Annual administration report of the Civil Veterinary Department of India - 1893-1894
Year: 1893
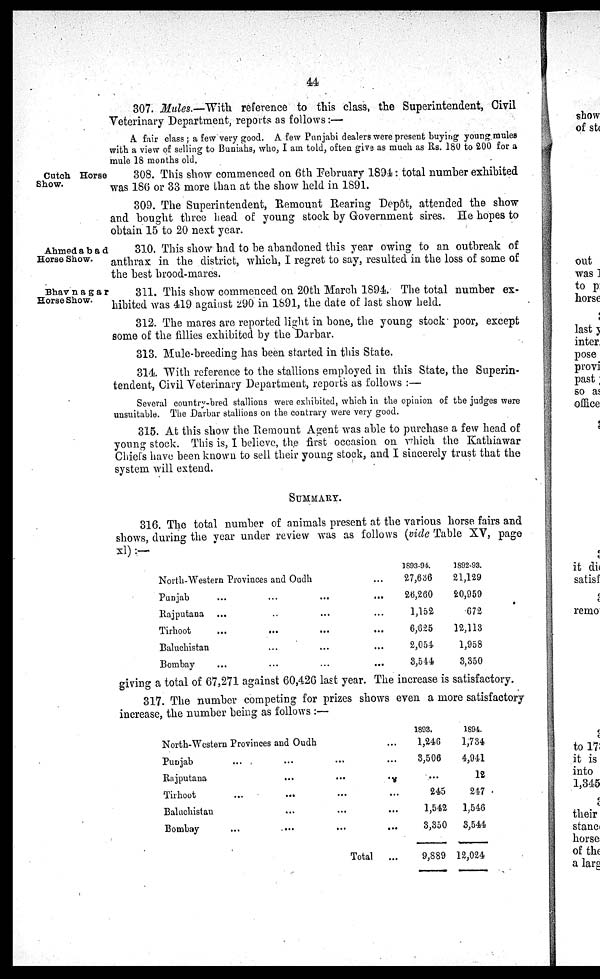
44
307. Mules.—With reference to this class, the Superintendent, Civil
Veterinary Department, reports as follows:—
A fair class; a few very good. A few Punjabi dealers were present buying young mules
with a view of selling to Buniahs, who, I am told, often give as much as Rs. 180 to 200 for a
mule 18 months old.
Cutch, Horse
Show.
308. This show commenced on 6th February 1894: total number exhibited
was 186 or 33 more than at the show held in 1891.
309. The Superintendent, Remount Rearing Depôt, attended the show
and bought three head of young stock by Government sires. He hopes to
obtain 15 to 20 next year.
Ahmedabad
Horse Show.
310. This show had to be abandoned this year owing to an outbreak of
anthrax in the district, which, I regret to say, resulted in the loss of some of
the best brood-mares.
Bhavnagar
Horse Show.
311. This show commenced on 20th March 1894. The total number ex-
hibited was 419 against 290 in 1891, the date of last show held.
312. The mares are reported light in bone, the young stock poor, except
some of the fillies exhibited by the Darbar.
313. Mule-breeding has been started in this State.
314. With reference to the stallions employed in this State, the Superin-
tendent, Civil Veterinary Department, reports as follows:—
Several country-bred stallions were exhibited, which in the opinion of the judges were
unsuitable. The Darbar stallions on the contrary were very good.
315. At this show the Remount Agent was able to purchase a few head of
young stock. This is, I believe, the first occasion on which the Kathiawar
Chiefs have been known to sell their young stock, and I sincerely trust that the
system will extend.
SUMMARY.
316. The total number of animals present at the various horse fairs and
shows, during the year under review was as follows (vide Table XV, page
xl):-
North-Western Provinces
and Oudh ...
Punjab
...
... ... ...
Rajputana
...
.. ... ...
Tirhoot
...
... ... ...
Baluchistan
... ... ...
Bombay
... ... ... ...
1893-94.
27,636
26,260
1,152
6,625
2,054
3,544
1892-93.
21,129
20,959
672
12,113
1,958
3,350
giving a total of 67,271 against 60,426 last year. The increase is satisfactory.
317. The number competing for prizes shows even a more satisfactory
increase, the number being as follows:—
North-Western Provinces and Oudh
...
Punjab
... ... ... ...
Rajputana
...
... ...
Tirhoot
...
...
... ...
Baluchistan
...
... ...
Bombay
...
...
...
...
Total
...
1893.
1,246
3,506
...
245
1,542
3,350
9,889
1894.
1,734
4,941
12
247
1,546
3,544
12,024